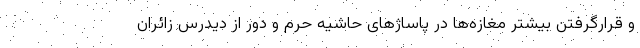
و قرارگرفتن بیشتر مغازه‌ها در پاساژهای حاشیه حرم و دور از دیدرس زائران